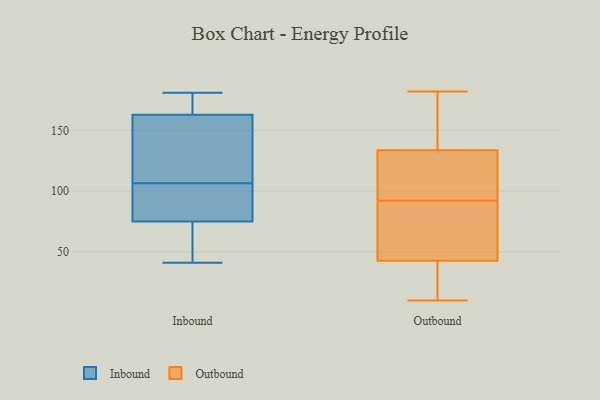
{"axis": {"x": "Satisfaction Score", "y": "Value"}, "legend": ["Inbound", "Outbound"], "data": [{"x": "", "y": 169, "type": "Inbound"}, {"x": "", "y": 101, "type": "Inbound"}, {"x": "", "y": 75, "type": "Inbound"}, {"x": "", "y": 61, "type": "Inbound"}, {"x": "", "y": 98, "type": "Inbound"}, {"x": "", "y": 118, "type": "Inbound"}, {"x": "", "y": 85, "type": "Inbound"}, {"x": "", "y": 181, "type": "Inbound"}, {"x": "", "y": 114, "type": "Inbound"}, {"x": "", "y": 41, "type": "Inbound"}, {"x": "", "y": 112, "type": "Inbound"}, {"x": "", "y": 163, "type": "Inbound"}, {"x": "", "y": 73, "type": "Inbound"}, {"x": "", "y": 174, "type": "Inbound"}, {"x": "", "y": 54, "type": "Outbound"}, {"x": "", "y": 32, "type": "Outbound"}, {"x": "", "y": 36, "type": "Outbound"}, {"x": "", "y": 116, "type": "Outbound"}, {"x": "", "y": 45, "type": "Outbound"}, {"x": "", "y": 92, "type": "Outbound"}, {"x": "", "y": 133, "type": "Outbound"}, {"x": "", "y": 10, "type": "Outbound"}, {"x": "", "y": 165, "type": "Outbound"}, {"x": "", "y": 130, "type": "Outbound"}, {"x": "", "y": 136, "type": "Outbound"}, {"x": "", "y": 85, "type": "Outbound"}, {"x": "", "y": 182, "type": "Outbound"}]}